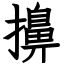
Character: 擤